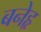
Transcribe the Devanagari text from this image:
बनेहृ